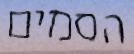
הסמים